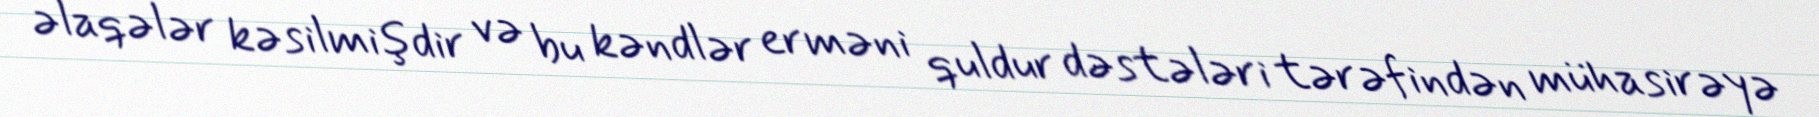
əlaqələr kəsilmişdir və bu kəndlər erməni quldur dəstələri tərəfindən mühasirəyə